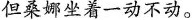
但桑娜坐着一动不动。